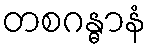
တစဂန္ဓာနံ